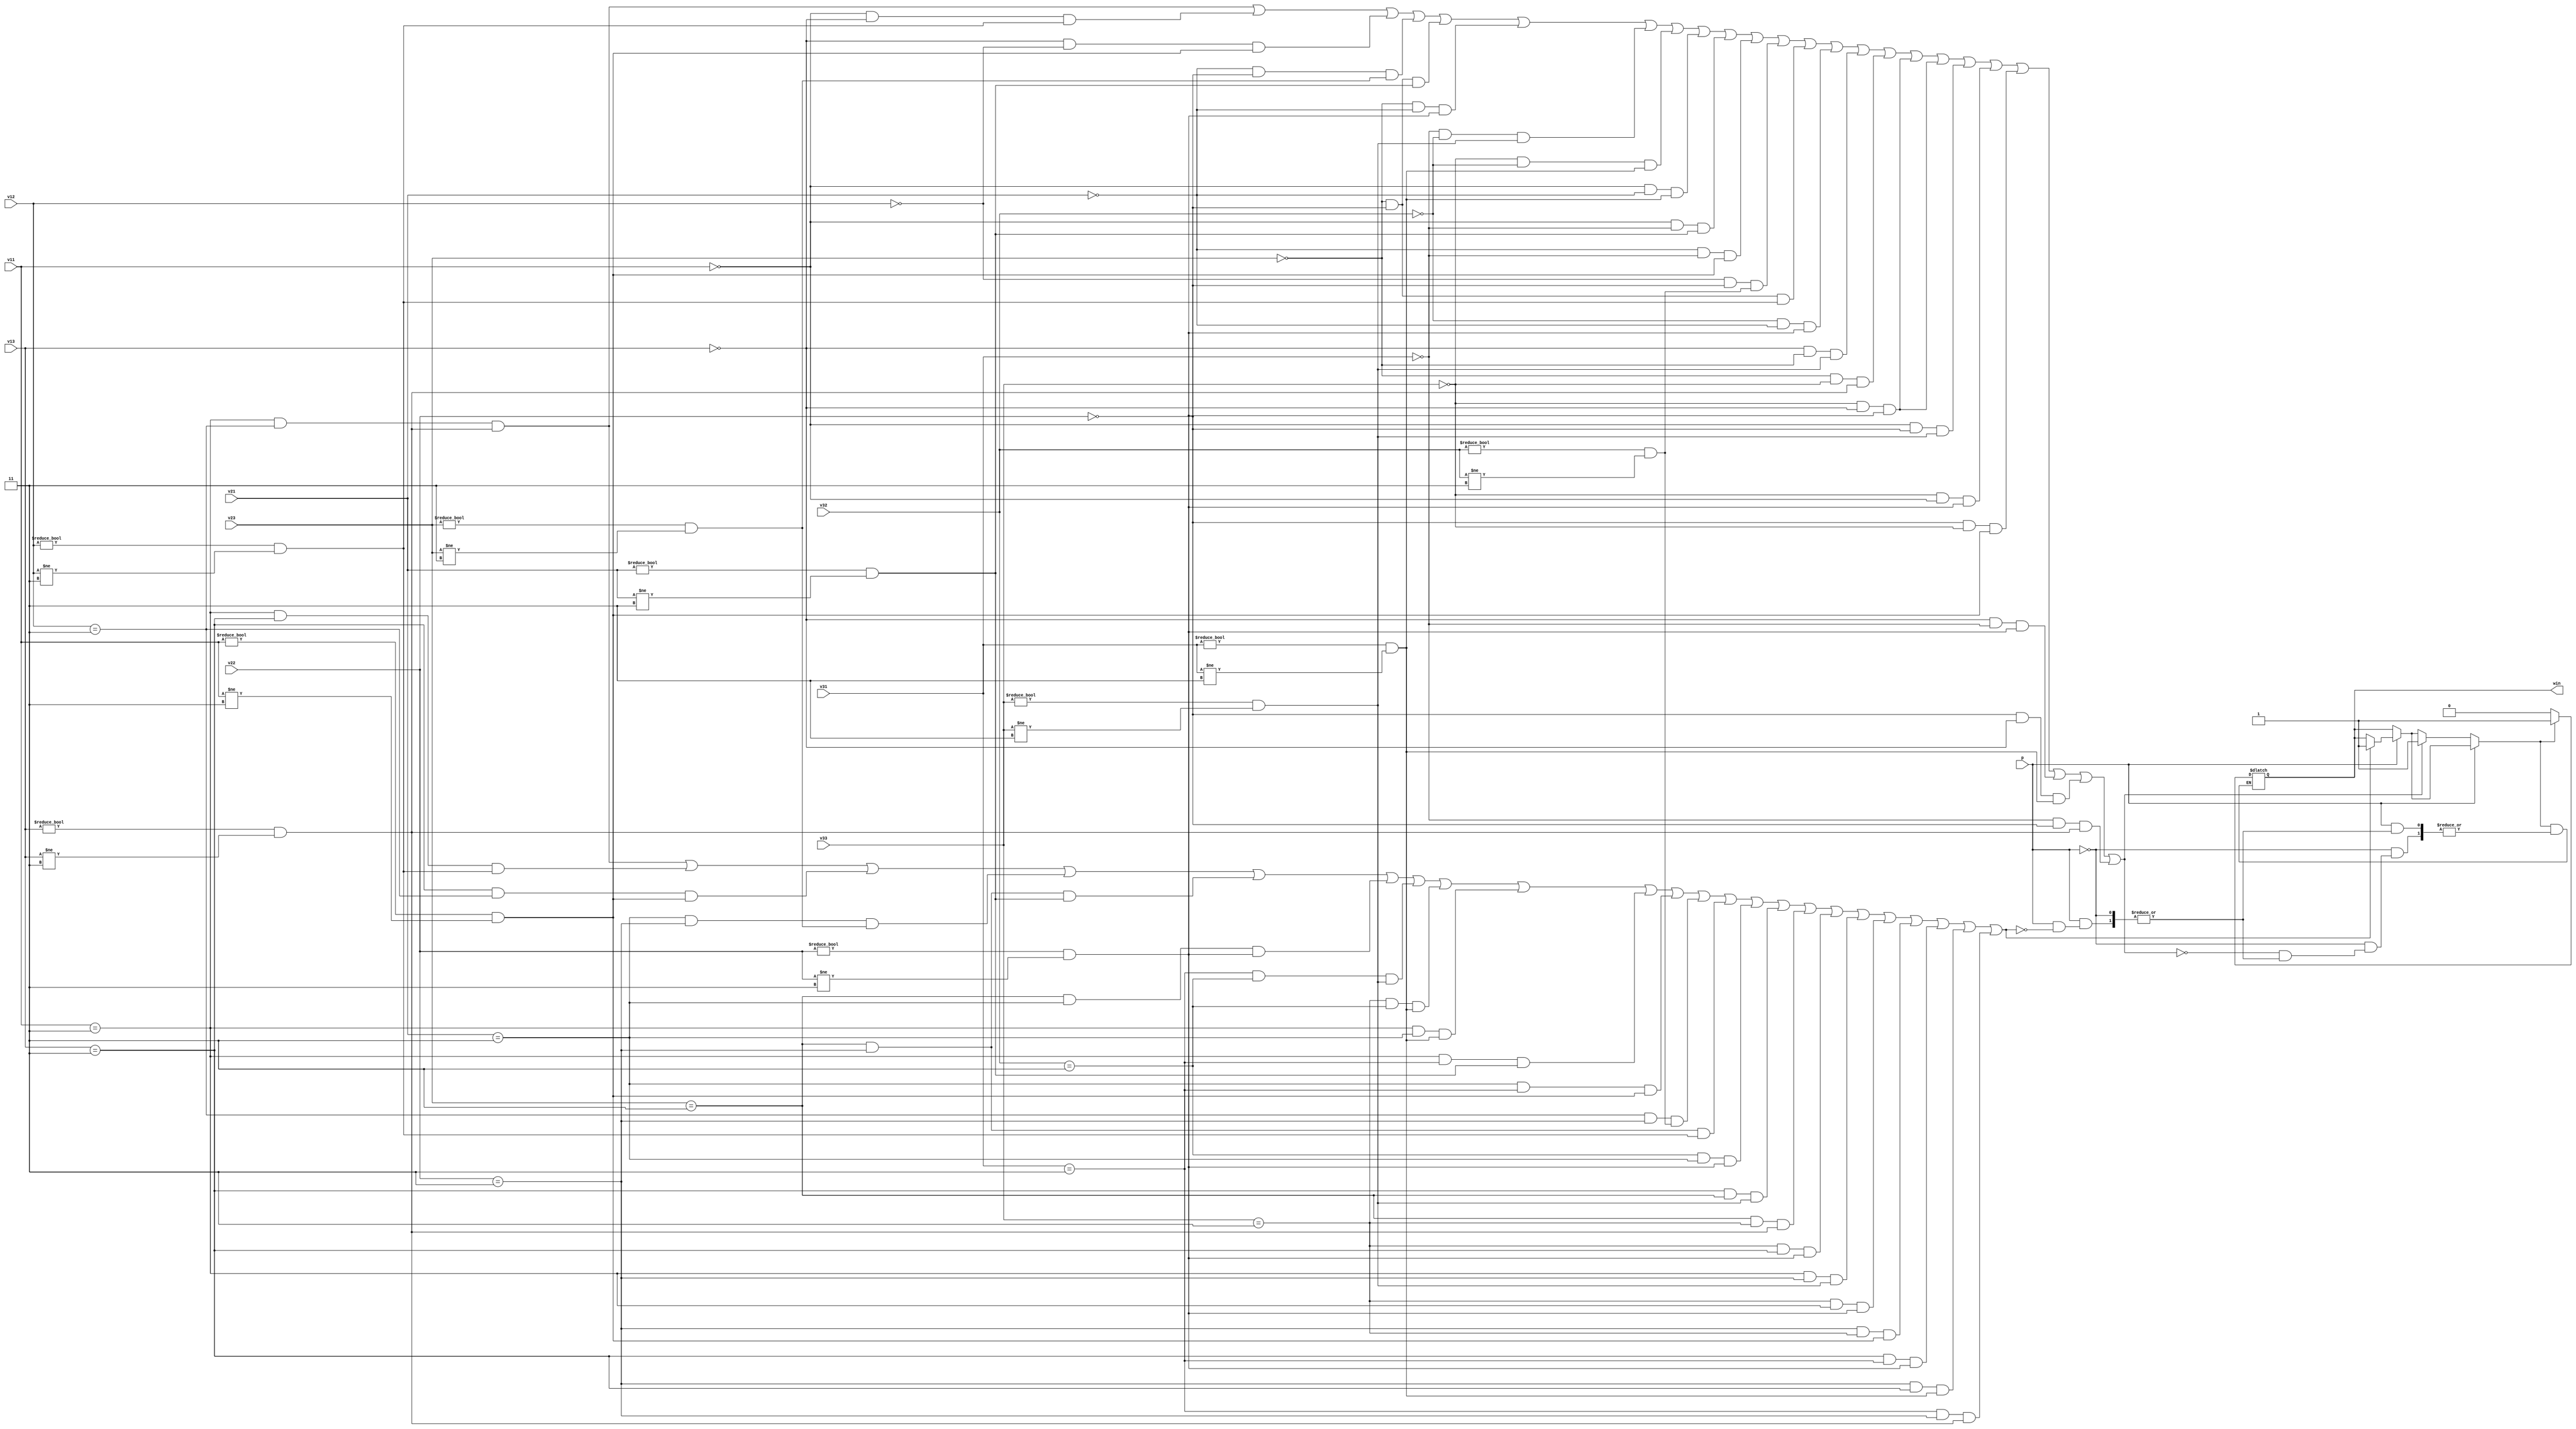
`timescale 1ns / 1ps
//////////////////////////////////////////////////////////////////////////////////
// Company: 
// Engineer: 
// 
// Design Name: 
// Module Name: q6tic
// Project Name: 
// Target Devices: 
// Tool Versions: 
// Description: 
// 
// Dependencies: 
// 
// Revision:
// Revision 0.01 - File Created
// Additional Comments:
// 
//////////////////////////////////////////////////////////////////////////////////


module q6tic(v11,v12,v13,v21,v22,v23,v31,v32,v33,p,win);
input [2:0]v11,v12,v13,v21,v22,v23,v31,v32,v33;//data for 9 tic tac toe blocks
output win;//1 indicates player can win
reg win;
input p;//indicates which player's turn
always@(*)
begin
if (p==1)
begin
if((v11==3 && v12==3 && (v13!=0 && v13!=3)) ||
(v11==3 && v13==3 && (v12!=0 && v12!=3))||
(v13==3 && v12==3 && (v11!=0 && v11!=3))||
(v21==3 && v22==3 && (v23!=0 && v23!=3))||
(v23==3 && v22==3 && (v21!=0 && v21!=3))||
(v23==3 && v21==3 && (v22!=0 && v22!=3))||
(v31==3 && v32==3 && (v33!=0 && v33!=3))||
(v33==3 && v32==3 && (v31!=0 && v31!=3))||
(v11==3 && v21==3 && (v31!=0 && v31!=3))||
(v11==3 && v31==3 && (v21!=0 && v21!=3))||
(v21==3 && v31==3 && (v11!=0 && v11!=3))||
(v12==3 && v22==3 && (v32!=0 && v32!=3))||
(v22==3 && v23==3 && (v12!=0 && v12!=3))||
(v32==3 && v21==3 && (v22!=0 && v22!=3))||
(v13==3 && v23==3 && (v33!=0 && v33!=3))||
(v23==3 && v33==3 && (v13!=0 && v13!=3))||
(v33==3 && v13==3 && (v22!=0 && v22!=3))||
(v11==3 && v22==3 && (v33!=0 && v33!=3))||
(v33==3 && v11==3 && (v22!=0 && v22!=3))||
(v22==3 && v33==3 && (v11!=0 && v11!=3))||
(v13==3 && v31==3 && (v22!=0 && v22!=3))||
(v22==3 && v13==3 && (v31!=0 && v31!=3))||
(v31==3 && v22==3 && (v13!=0 && v13!=3)))//checking for all cases for player 1
win=1;
end
if(p==0)
begin
if((v11==3 && v12==3 && (v13!=0 && v13!=3)) ||
(v11==0 && v13==0 && (v12!=0 && v12!=3))||
(v13==0 && v12==0 && (v11!=0 && v11!=3))||
(v21==0 && v22==0 && (v23!=0 && v23!=3))||
(v23==0 && v22==0 && (v21!=0 && v21!=3))||
(v23==0 && v21==0 && (v22!=0 && v22!=3))||
(v31==0 && v32==0 && (v33!=0 && v33!=3))||
(v33==0 && v32==0 && (v31!=0 && v31!=3))||
(v11==0 && v21==0 && (v31!=0 && v31!=3))||
(v11==0 && v31==0 && (v21!=0 && v21!=3))||
(v21==0 && v31==0 && (v11!=0 && v11!=3))||
(v12==0 && v22==0 && (v32!=0 && v32!=3))||
(v22==0 && v23==0 && (v12!=0 && v12!=3))||
(v32==0 && v21==0 && (v22!=0 && v22!=3))||
(v13==0 && v23==0 && (v33!=0 && v33!=3))||
(v23==0 && v33==0 && (v13!=0 && v13!=3))||
(v33==0 && v13==0 && (v22!=0 && v22!=3))||
(v33==0 && v13==0 && (v22!=0 && v22!=3))||
(v11==0 && v22==0 && (v33!=0 && v33!=3))||
(v33==0 && v11==0 && (v22!=0 && v22!=3))||
(v22==0 && v33==0 && (v11!=0 && v11!=3))||
(v13==0 && v31==0 && (v22!=0 && v22!=3))||
(v22==0 && v13==0 && (v31!=0 && v31!=3))||
(v31==0 && v22==0 && (v13!=0 && v13!=3)))//checking for all cases for player 2
win=1;
end
if(win!=1)
begin
win=0;
end
end


endmodule